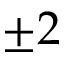
\pm 2